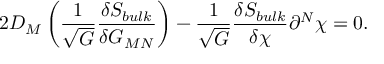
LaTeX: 2 D _ { M } \left( \frac { 1 } { \sqrt { G } } \frac { \delta S _ { b u l k } } { \delta G _ { M N } } \right) - \frac { 1 } { \sqrt { G } } \frac { \delta S _ { b u l k } } { \delta \chi } \partial ^ { N } \chi = 0 .